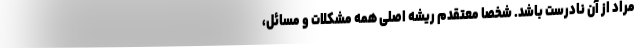
مراد از آن نادرست باشد. شخصاً معتقدم ریشه اصلی همه مشکلات و مسائل،